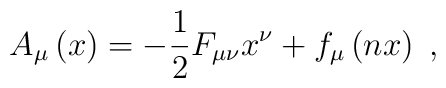
A_\mu \left( x\right) =-\frac 12F_{\mu \nu }x^\nu +f_\mu \left(nx\right)\;,